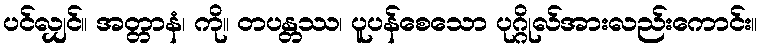
ပင်လျှင်။ အတ္တာနံ၊ ကို။ တပန္တဿ၊ ပူပန်စေသော ပုဂ္ဂိုလ်အားလည်းကောင်း။